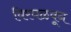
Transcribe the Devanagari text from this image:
विरघळवून